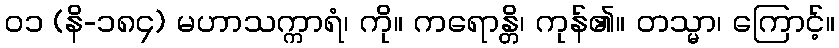
၀၁ (နိ-၁၈၄) မဟာသက္ကာရံ၊ ကို။ ကရောန္တိ၊ ကုန်၏။ တသ္မာ၊ ကြောင့်။